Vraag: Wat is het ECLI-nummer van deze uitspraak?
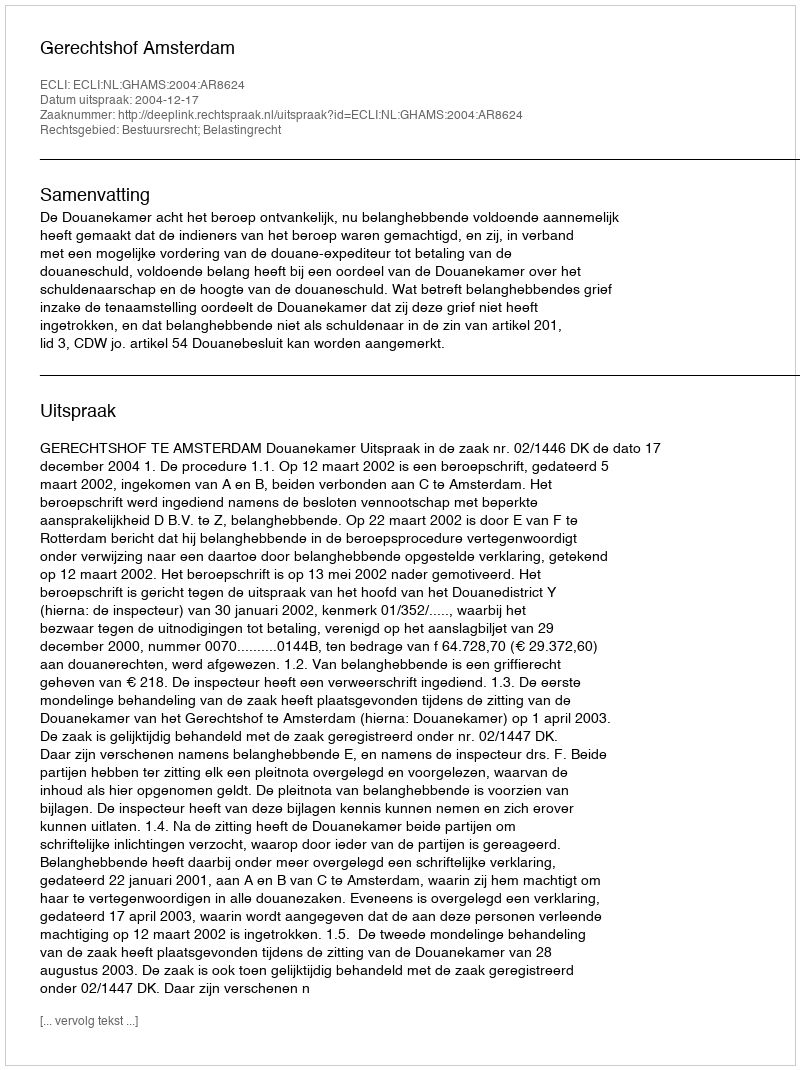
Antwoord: ECLI:NL:GHAMS:2004:AR8624